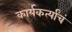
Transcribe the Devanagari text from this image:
कार्यकर्त्यांचं